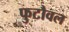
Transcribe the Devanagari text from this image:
फुटौवल